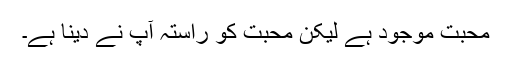
محبت موجود ہے لیکن محبت کو راستہ آپ نے دینا ہے۔